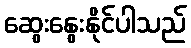
ဆွေးနွေးနိုင်ပါသည်